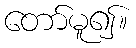
တော်မူ၍။